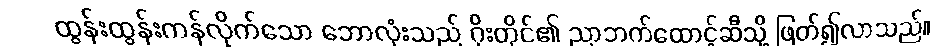
ထွန်းထွန်းကန်လိုက်သော ဘောလုံးသည် ဂိုးတိုင်၏ ညာဘက်ထောင့်ဆီသို့ ဖြတ်၍လာသည်။